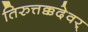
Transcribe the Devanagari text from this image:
तिरुत्तक्कदेवर्